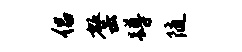
侣罄蹲随